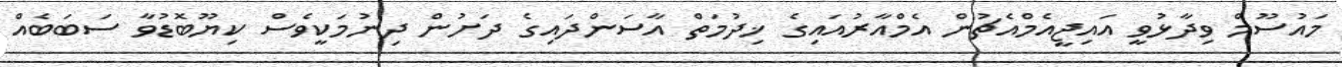
މައުސޫމް ވިދާޅުވީ އައިޖީއެމްއެޗުން އެމްއާރުއައިގެ ޚިދުމަތް އާސަންދައިގެ ދަށުން ދިނުމަކީވެސް ކިޔޫބޮޑުވާ ސަބަބެއް